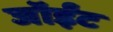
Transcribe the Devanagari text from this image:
जॉईंट